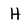
Character: H